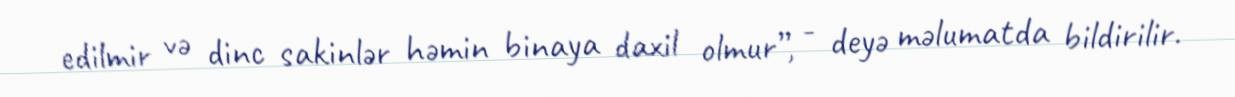
edilmir və dinc sakinlər həmin binaya daxil olmur”, - deyə məlumatda bildirilir.